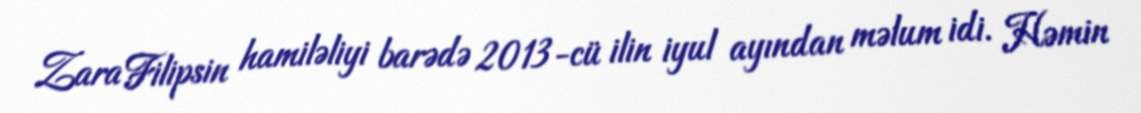
Zara Filipsin hamiləliyi barədə 2013-cü ilin iyul ayından məlum idi. Həmin